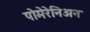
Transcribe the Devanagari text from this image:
पोमेरेनिअन